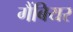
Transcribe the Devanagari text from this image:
गैंबियर